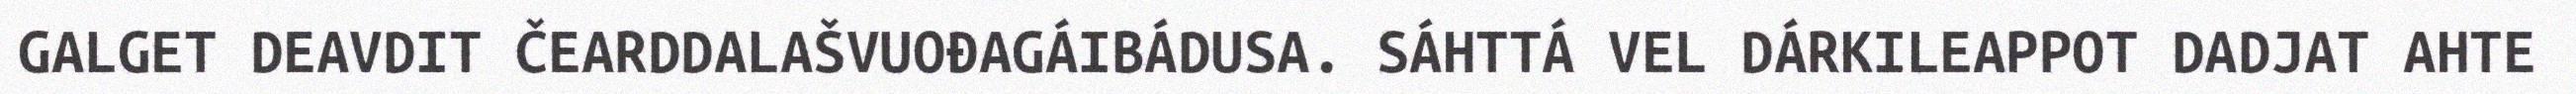
GALGET DEAVDIT ČEARDDALAŠVUOĐAGÁIBÁDUSA. SÁHTTÁ VEL DÁRKILEAPPOT DADJAT AHTE